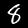
Label: 8